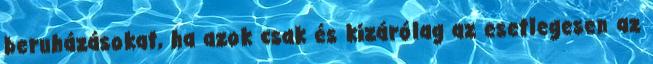
beruházásokat, ha azok csak és kizárólag az esetlegesen az